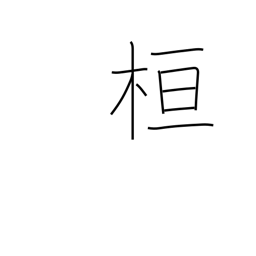
Meaning: marking post